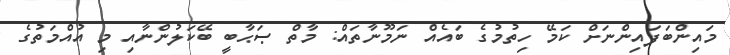
މައިންބަފައިންނަށް ކަމޭ ހިތުމުގެ ބައެއް ނަމޫނާތައް: މާތް ޞަޙާބީ ބޭކަލުންނާއި މި އުއްމަތުގެ